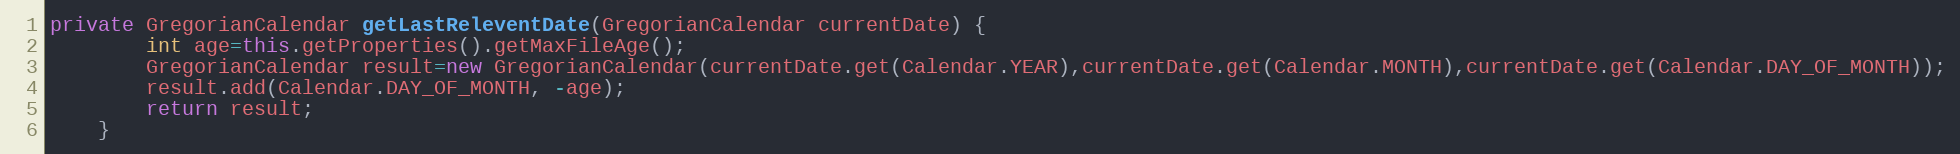
Language: Java
private GregorianCalendar getLastReleventDate(GregorianCalendar currentDate) {
		int age=this.getProperties().getMaxFileAge();
		GregorianCalendar result=new GregorianCalendar(currentDate.get(Calendar.YEAR),currentDate.get(Calendar.MONTH),currentDate.get(Calendar.DAY_OF_MONTH));
		result.add(Calendar.DAY_OF_MONTH, -age);
		return result;
	}